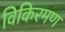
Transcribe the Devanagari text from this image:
विकिरमण